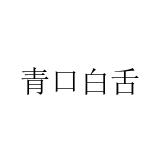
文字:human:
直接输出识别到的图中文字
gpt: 青口白舌